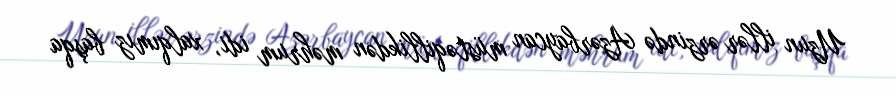
Uzun illər ərzində Azərbaycan müstəqillikdən məhrum idi, xalqımız başqa